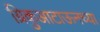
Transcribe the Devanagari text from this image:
ग्रिकुआटाऊनच्या